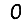
Digit: 0